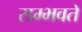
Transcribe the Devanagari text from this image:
सम्भवते